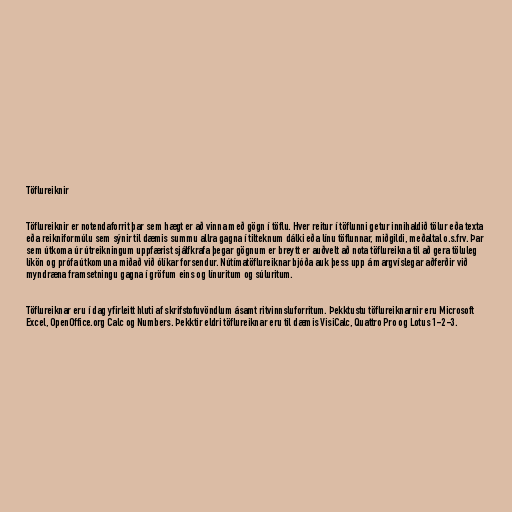
Töflureiknir

Töflureiknir er notendaforrit þar sem hægt er að vinna með gögn í töflu. Hver reitur í töflunni getur innihaldið tölur eða texta
eða reikniformúlu sem sýnir til dæmis summu allra gagna í tilteknum dálki eða línu töflunnar, miðgildi, meðaltal o.s.frv. Þar
sem útkoma úr útreikningum uppfærist sjálfkrafa þegar gögnum er breytt er auðvelt að nota töflureikna til að gera töluleg
líkön og prófa útkomuna miðað við ólíkar forsendur. Nútímatöflureiknar bjóða auk þess upp á margvíslegar aðferðir við
myndræna framsetningu gagna í gröfum eins og línuritum og súluritum.

Töflureiknar eru í dag yfirleitt hluti af skrifstofuvöndlum ásamt ritvinnsluforritum. Þekktustu töflureiknarnir eru Microsoft
Excel, OpenOffice.org Calc og Numbers. Þekktir eldri töflureiknar eru til dæmis VisiCalc, Quattro Pro og Lotus 1-2-3.